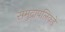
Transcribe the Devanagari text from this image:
समुद्रापलिकडे